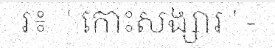
រ៖  ' កោះសង្សារ ' -